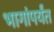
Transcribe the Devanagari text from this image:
भागांपर्यंत